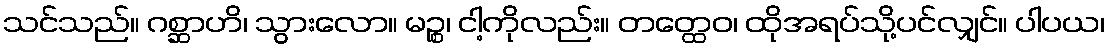
သင်သည်။ ဂစ္ဆာဟိ၊ သွားလော။ မဉ္စ၊ ငါ့ကိုလည်း။ တတ္ထေဝ၊ ထိုအရပ်သို့ပင်လျှင်။ ပါပယ၊